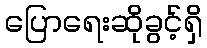
ပြောရေးဆိုခွင့်ရှိ